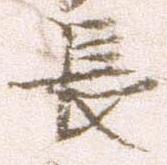
長